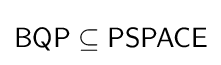
{\mathsf {BQP}}\subseteq {\mathsf {PSPACE}}